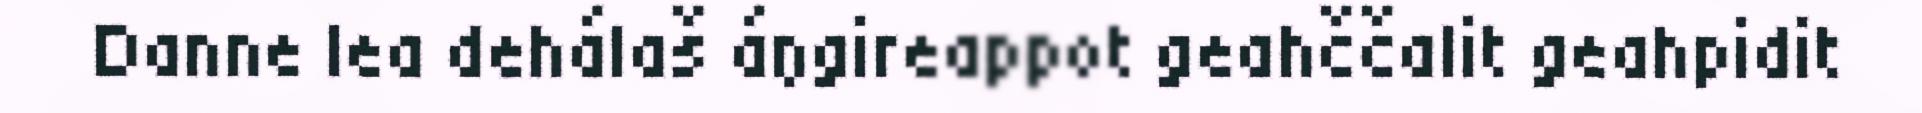
Danne lea dehálaš áŋgireappot geahččalit geahpidit